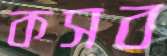
কসব